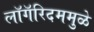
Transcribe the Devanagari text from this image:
लॉगॅरिदममुळे